Lunatic asylums Madras 1892-1911 - 1892-1911
Year: 1892
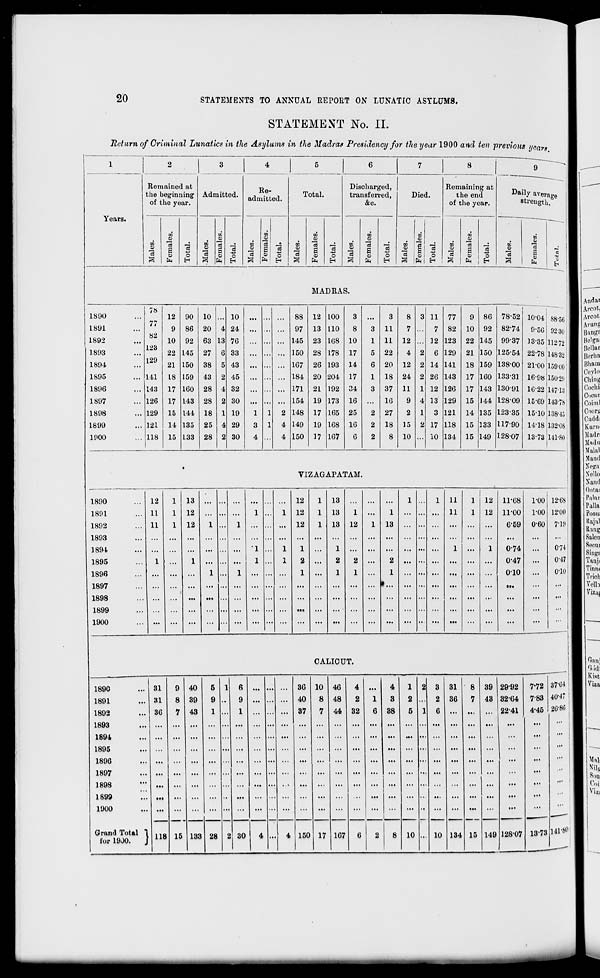
•I % 1 f I c '«>J% §•> ■= e S o § 3 = 5=,*
llilirillfJIil I
/ /_M £=■>-:«: —
as
to
►J
CO
-<
o
H
<J
55
to
O
EH
S3
O
PH
pa
1-3
■<
to
o
H
GO
55
EH
a
-0
CO
O
O
EH
EH
EH
02
OS
g.
?1*
o
o
OS
T—I
Si
r.
<2,
OS.
ss
CO
CSS
S
CO
s
f^
os
oo
CO
io
rj<
CO
(M
to
cj
to
CS 3
o
(*>
<3
be-a
.5 c
c3 2 -C
CD
o
TJ TO
CD 01
be H
3 «s o
.2 §
o
EH
CD
rtj
ca
-a
CD
a
<1
g g
.9 >■>
S 2-a
CD CD =«
•J«J»i
•ea[uuia l j
•b'3[BJ\[
•[B^OJ,
•sai«]\r
■a
O)
s
•sajxuuo^
TB^Oi
•sojBuia^
•S3IBJ5
•[B;OX
•S8JBUI0J
•sa{Bj\[
•saiBtaa^
•S8[BJ\[
•m**!
•sa\vuioj
•saiBj\r
TB;OX
•sajBuiaj
•sa[Bi\[
ca
u
eS
CD
>*
CO
Q
■3
0CCMCM00C3OI —
CC
CS
i—I
-#
>0
lO
•#
3 OO CM i—I
CO
CO
Tfl
O
©
rH
o
lO
6s
CO
CO
00
CM
©
p
CM
X)
cs
cb
CM
CM
rH
OS
O
ib
i—i
o
i—i
ib
I-H
00
ft
4fi
i-H
CO
^.
CO
t-t
CM
'P
do Cq
CO
i>
CO
OS
os (M
o
o
CO
CO
CO
cb
eo
rH
OS
6
CO
cs
o
oo
CM
lO
CO
eb
o
os
r-l
O
do
CM
CO
CO
£J lO
I-l
O
i-i
OS
I—1
o
CO
r-i
eo
I-H
•<*
CO
CO
CO
OS
i-H
OS
o
i-t
CM
iH
CM
00
I-l
l-H
I-l
l-H
lO
r~t
lO
rH
CM
CO
co
CM
cs
<M
1-1
<*
co
-* co 03
CM
CM
CO
r-t
~3t
eo
I—1
I-l
t>
CM
CD
iH
co
CM
CM
l-H
CO
eo
i-H
o
rH
eo
CM
(M
CM
i-H
•* rH CM |
00
t>
CM
i—1
•* eq
rH
CM
r~t
i-H
OS
CM
iO
o
rH
eo r-H
r-t
rH
CM
CM
O
(M
00
rH
1>
CO
co
I-l
IN
CO
r-t
00
: CO rH lO CO l-H eo : CM <M CM
eo CO o
I-l
I-l
rH
1>
C3
CD
i-H
W5
CM
CO
l-H
CO
o
o
o
1—1
CO
co
co CO
cs o
CM
cs
eo »o
CO
oo
CO
CO
CM
i-l
i-H
co
CM
oo
CM
CO
CM
o
CM
r-t
CM
OS
rH
OS
l-H
r~
CO
co cs
o 1^
o oo
rH
to
00
cs O
lO
: : : : : j -
CM
■*
<*
i ■
i ■
' : i—1 i-H ;
r-t
CO
"#
TJI
o CO CO lO <M O
CM t>. eo ■* ■* eo eo
os os o
rH CM eo
■
^ CO
ft
co lO Ol rp CM r-t •& <M
o
rH
O
eq
eo
CO
IM
00
eo
eo oo
CM
ao
CM
00
1^
oq
00
cq
o
OS
CO
00
sq
OS
o
ITS
os
lO
o
CO
eo Tfl
eo
eo
eo
cq
l-H
os o
i-H
CM
CM
rH
CM
CO
rH
i-H
ft
ft
>o
ft
O r» M »
30
•>!
OS
?1
ft
CO
co OS
CM
ft
■M
oo
i-H
O
-H
rj,
CO
cs os as cs
00 30 00 ao
-t
lO
CO
*> 00 "ft
a cs OS cs CS rrs
JJ
00
GO
OO
00
00
o
o
f\
<
<
S3
go <r> a>
-*p cz> f
©■i CVJ £-.
o o o
o
p
ft
o
p
r-l
©
CO
©
: : •
: ": : : •
11-08
O
O
r-t
r-t
OS
us
cb
: 6 6
o
i-H
6 : : :
:
sq
rH
CM
f-H
: :
r-t
:
: : • ": :
I-l
l-H
: : •
: : : : :
:
ft
r-t
l—1
■
i ft : : • : ■ :
ft
• : • ■ : : : :
: :
j
' :
■
• ■ ;
ft
: :
'■
: :
: • : : :
\ r-t eo
r-t
- •
CM
l-H
•
:
• :
: : ft \ •
: :
: : i
: ft CM
i-H
: ' •
CM
i-H
: :
: :
eo
l-H
eo
l-H
CO
1—1
\ r-t CM i-H : ; : :
ft
ft
ft
:
: ■ ■
: : •
CM
ft
CM
ft
CM
i-H
: ft CM ft :
: : :
: ft : :
i-H
r-*
\ \ : : :
' :
' : ■
•
:
ft
i : ft ft : • : : :
: : l-H : ' : ' •
f\
■
: : •
: • :
• ;
•
: :
rH
i • ' •
ft
: : : :
eo
r-t
CM
i-H
CM
r-t
: : I-I : • : : :
It*
ft
ft
OHjieo J io(fft"»2
cscscscsosososososcn
ooxxoooocoooaoooco
EH
to
o
t—t
-
o
fc» © --^
CO -# CM
\ I
9
\
ft
\
Cjq CO lO
t» 00 ■*
CO
eq Tp rH
as o f
cs it ■>'
cq co cq
©
do
cq
as eo
eo ■*><
os
00 t>
»o
rH co
eo co
eo
eo CM co
CM
H N W
TP
eo ao
eo
l-H co
00
CM
Tj< CM cq
eo
CD
o oo *
* •* •*
co
© 00 1>
o g t
eo ^ co
o
»o
CC OS ft
©
eo
lO 03 rH
CM
00
eq
© OS CO
eo
eo
os oo *-
rH
rH
CO
eo « eo
oo
oscscsoSScsCscscsos©
00 X 00 iV- 00 rr\ 00
'.
-'.
X 00 x X X X X
rH
^-4
rH
1—I
rH
rH
c ©
OS
tr -H
= u
eS S
£ -2.
o